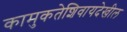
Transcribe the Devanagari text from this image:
कामुकतेशिवायदेखील